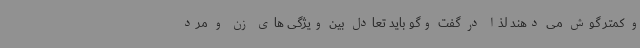
و کمتر گوش می دهند لذا در گفت وگو باید تعادل بین ویژگی های زن و مرد